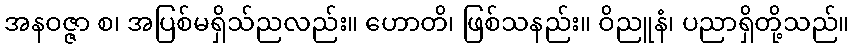
အနဝဇ္ဇာ စ၊ အပြစ်မရှိသ်ညလည်း။ ဟောတိ၊ ဖြစ်သနည်း။ ဝိညူနံ၊ ပညာရှိတို့သည်။